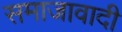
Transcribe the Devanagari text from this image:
समाजावादी